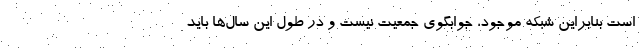
است بنابراین شبکه موجود، جوابگوی جمعیت نیست و در طول این سال‌ها باید